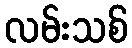
လမ်းသစ်